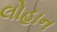
લોહાન